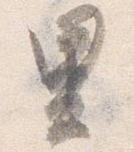
里